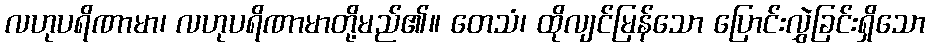
လဟုပရိဏာမာ၊ လဟုပရိဏာမာတို့မည်၏။ တေသံ၊ ထိုလျင်မြန်သော ပြောင်းလွှဲခြင်းရှိသော